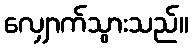
လျှောက်သွားသည်။